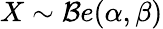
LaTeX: X\sim{\mathcal{B}}e(\alpha,\beta)